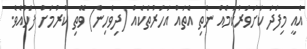
އެއީ މިފަދަ ކަށަވަރުކަމެއް ނެތި އެތައް އަހަރުތަކެއް (ދިވެހިން) ވޭތި ކުރުމަށް ފަހުއެވެ.